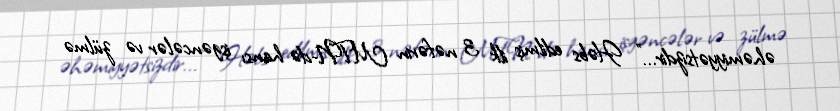
əhəmiyyətsizdir...” Həbs edilmiş ilk 3 nəfərin MTN-də hansı işgəncələr və zülmə